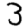
Digit: 3